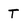
Character: T